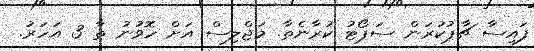
ފައިސާ ޗާޕުކުރަން ސަޕޯޓު ކުރާނެތާ. މަޖްލިސް އަށް ހޮވުނު ތާ 3 އަހަރު.